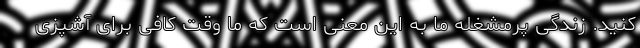
کنید. زندگی پرمشغله ما به این معنی است که ما وقت کافی برای آشپزی